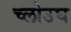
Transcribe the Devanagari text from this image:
च्लोउघ